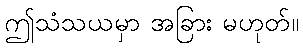
ဤသံသယမှာ အခြား မဟုတ်။